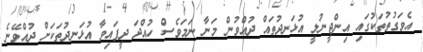
އެވަގުތުތަކުގައި އިންޖީނުލީ އުޅަނދުތައް ދުއްވުން މަނާ ނަމަވެސް ހުއްދަ ދީފައިވާ އުޅަނދުތަކަށް ދުއްވޭނެ